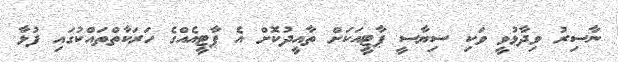
ނާސިރު ވިދާޅުވީ ވަކި ސިޔާސީ ޕާޓީއަކަށް ތާއީދުކޮށް އެ ޕާޓީއެއްގެ ހަރަކާތްތައްކުގައި ފުޅާ